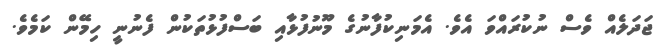
ޖަދަލެއް ވެސް ނުކުރައްވަ އެވެ. އެމަނިކުފާނުގެ މޫނުފުޅާއި ބަސްފުޅުތަކުން ފެނުނީ ހިމޭން ކަމެވެ.